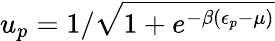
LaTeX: u_{p}=1/\sqrt{1+e^{-\beta(\epsilon_{p}-\mu)}}